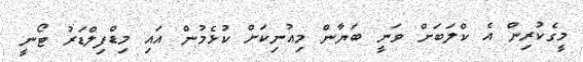
މީގެކުރިން އެ ކްލަބަށް ވަނީ ބަޔާން މިއުނިކަށް ކުޅެމުން އައި މިޑްފިލްޑަރު ޓޯނީ